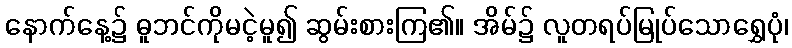
နောက်နေ့၌ ဓူဘင်ကိုမငဲ့မူ၍ ဆွမ်းစားကြ၏။ အိမ်၌ လူတရပ်မြုပ်သောရွှေပုံ၊